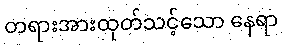
တရားအားထုတ်သင့်သော နေရာ